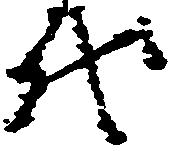
代